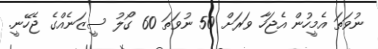
ނުވަތަ އެމީހުން އެޖަހާ ވަރަށް 50 ނުވަތަ 60 ގޯލު ސީޒަނެއްގެ ޖެހޭނީ.